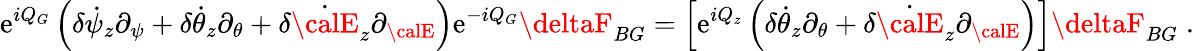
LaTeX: \mathrm{e}^{iQ_{G}}\left(\delta\dot{{\psi}}_{z}\partial_{\psi}+\delta\dot{{\theta}}_{z}\partial_{\theta}+\delta\dot{{\calE}}_{z}\partial_{\calE}\right)\mathrm{e}^{-iQ_{G}}\deltaF_{BG}=\left[\mathrm{e}^{iQ_{z}}\left(\delta\dot{{\theta}}_{z}\partial_{\theta}+\delta\dot{{\calE}}_{z}\partial_{\calE}\right)\right]\deltaF_{BG}\; .